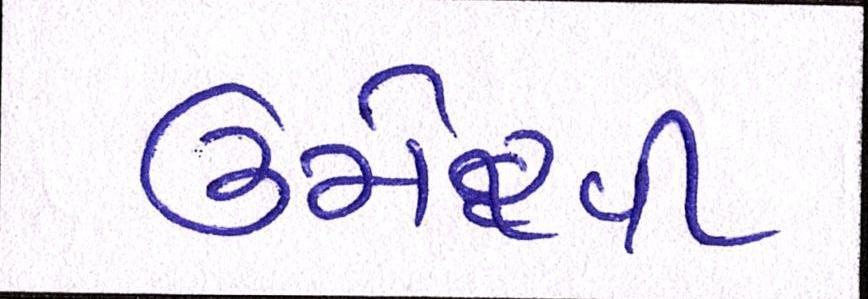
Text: ઉમેરવી